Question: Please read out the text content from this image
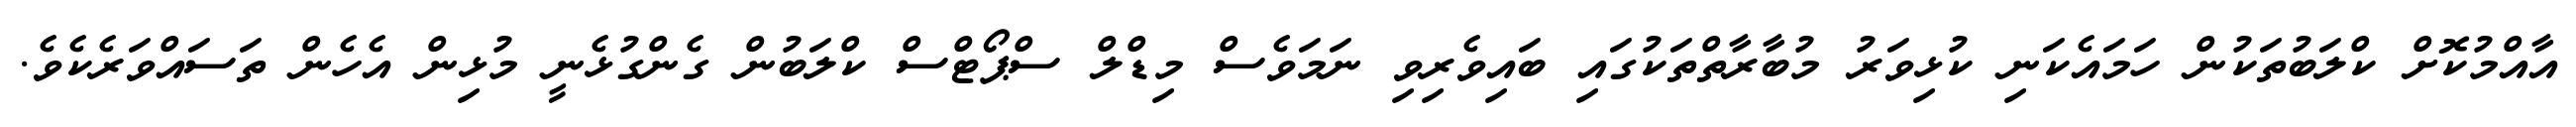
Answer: އާއްމުކޮށް ކްލަބުތަކުން ހަމައެކަނި ކުޅިވަރު މުބާރާތްތަކުގައި ބައިވެރިވި ނަމަވެސް މިޑްލް ސްޕޯޓްސް ކްލަބުން ގެންގުޅެނީ މުޅިން އެހެން ތަސައްވަރެކެވެ.